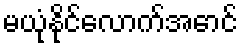
မယုံနိုင်လောက်အောင်